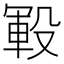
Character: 𰚅